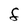
Character: F